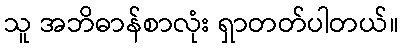
သူ အဘိဓာန်စာလုံး ရှာတတ်ပါတယ်။